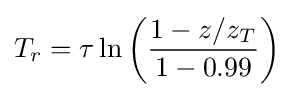
T_{r}=\tau \ln \left({\frac {1-z/z_{T}}{1-0.99}}\right)